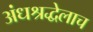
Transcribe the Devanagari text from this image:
अंधश्रद्धेलाच